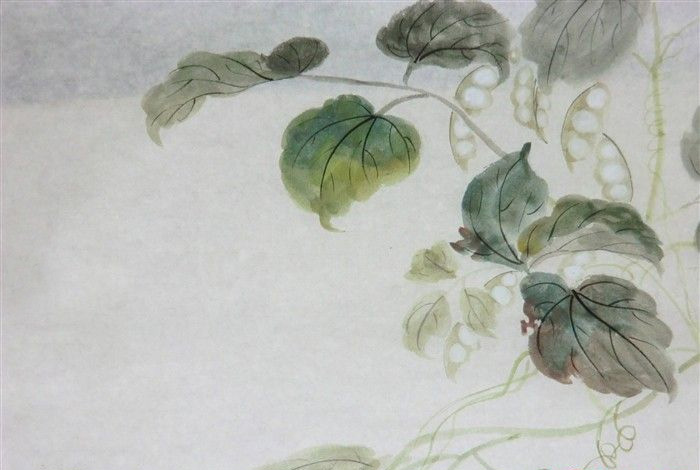
独倚阑干凝望远。一川烟草平如剪。